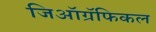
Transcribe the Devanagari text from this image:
जिऑग्रॅफिकल